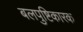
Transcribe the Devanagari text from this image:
बलपुष्टिकारक